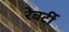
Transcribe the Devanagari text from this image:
रेबर्टी